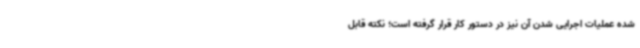
شده عملیات اجرایی شدن آن نیز در دستور کار قرار گرفته است؛ نکته قابل